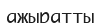
ажыратты